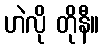
ဟဲလို တိုနီ။